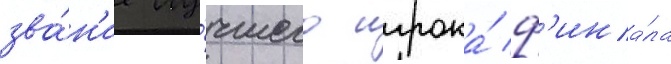
зва́н'ие лу́чшего игрока́ ф'ина́ла